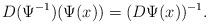
LaTeX: \begin{align*}D(\Psi^{-1})(\Psi(x)) = (D\Psi(x))^{-1} .\end{align*}